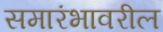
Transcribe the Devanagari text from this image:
समारंभावरील